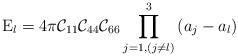
LaTeX: \begin{align*}{\rm E}_l=4\pi{\cal C}_{11}{\cal C}_{44}{\cal C}_{66}\prod_{j=1,(j\neq l)}^{3}{\left(a_j-a_l\right)}\end{align*}